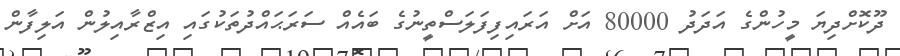
ދޫކޮށްދިޔަ މީހުންގެ އަދަދު 80000 އަށް އަރައިފިފަލަސްތީނުގެ ބައެއް ސަރަޙައްދުތަކުގައި އިޒްރާއިލުން އަލިފާން